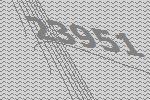
23951